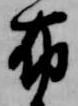
布